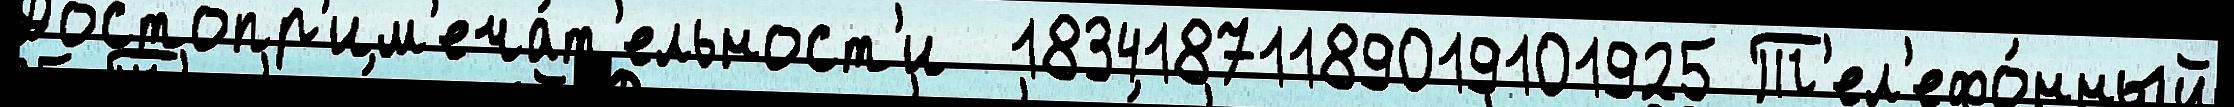
Достопр'им'еча́т'ельност'и  18341871189019101925 Т'ел'ефо́нный